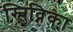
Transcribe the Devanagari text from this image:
स्लिव्निका